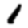
Digit: 1